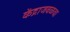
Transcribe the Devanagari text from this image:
केंद्राजवळचा